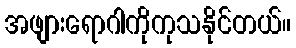
အဖျားရောဂါကိုကုသနိုင်တယ်။